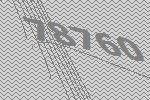
78760